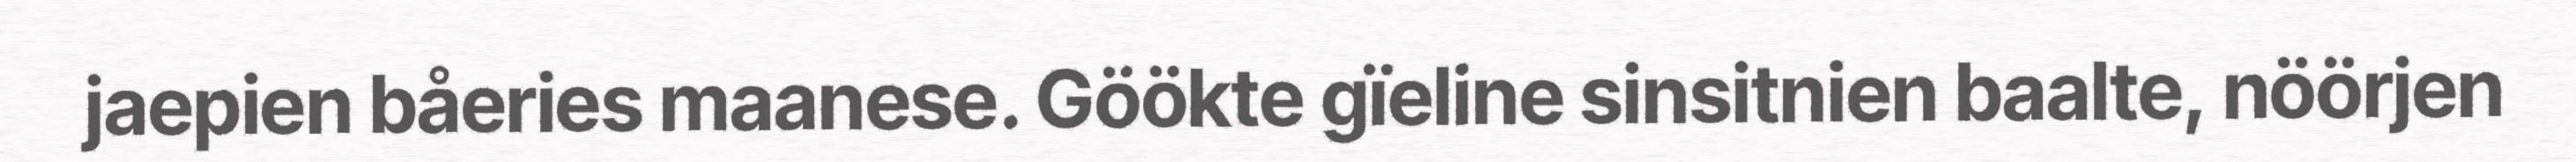
jaepien båeries maanese. Göökte gïeline sinsitnien baalte, nöörjen